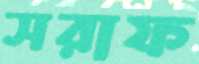
সরাফ